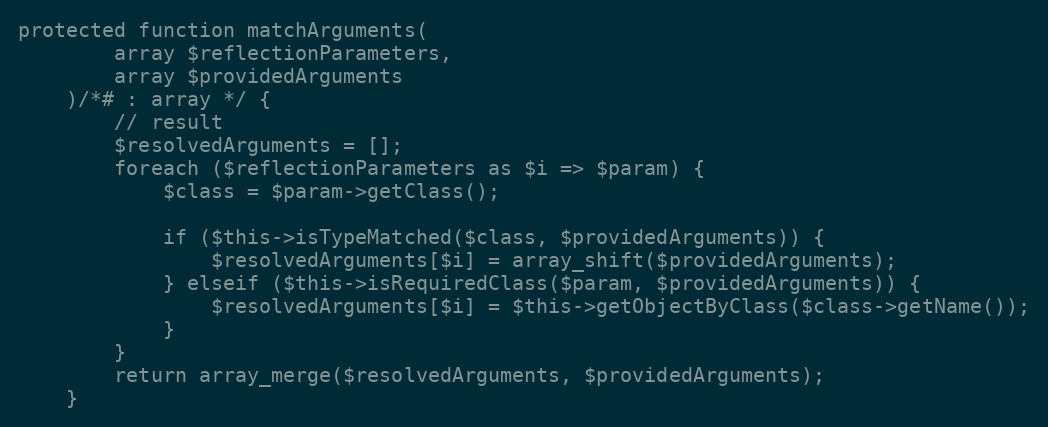
Language: PHP
protected function matchArguments(
        array $reflectionParameters,
        array $providedArguments
    )/*# : array */ {
        // result
        $resolvedArguments = [];
        foreach ($reflectionParameters as $i => $param) {
            $class = $param->getClass();

            if ($this->isTypeMatched($class, $providedArguments)) {
                $resolvedArguments[$i] = array_shift($providedArguments);
            } elseif ($this->isRequiredClass($param, $providedArguments)) {
                $resolvedArguments[$i] = $this->getObjectByClass($class->getName());
            }
        }
        return array_merge($resolvedArguments, $providedArguments);
    }